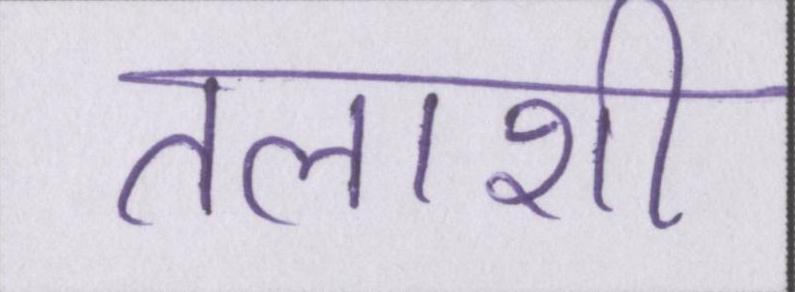
तलाशी